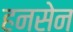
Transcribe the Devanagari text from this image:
हनसेन